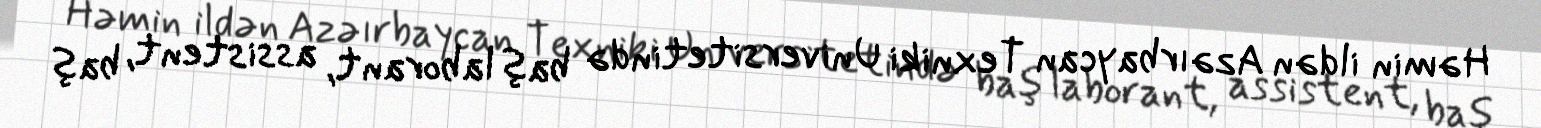
Həmin ildən Azəırbaycan Texniki Universitetində baş laborant, assistent, baş